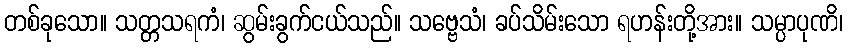
တစ်ခုသော။ သတ္တသရကံ၊ ဆွမ်းခွက်ငယ်သည်။ သဗ္ဗေသံ၊ ခပ်သိမ်းသော ရဟန်းတို့အား။ သမ္ပာပုဏိ၊